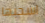
اسحبها